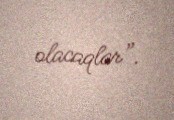
olacaqlar”.